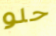
حلو